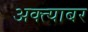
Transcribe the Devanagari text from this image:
अक्त्याबर